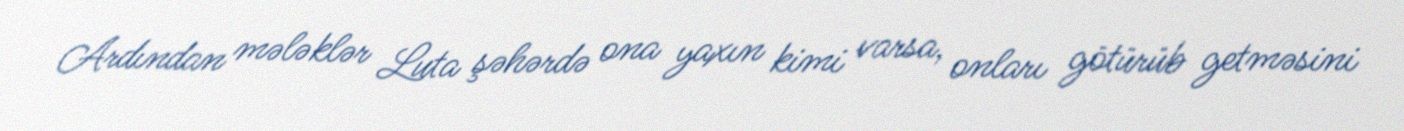
Ardından mələklər Luta şəhərdə ona yaxın kimi varsa, onları götürüb getməsini